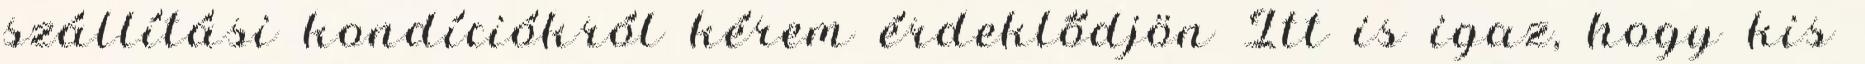
szállítási kondíciókról kérem érdeklődjön Itt is igaz, hogy kis